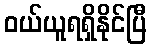
ဝယ်ယူရရှိနိုင်ပြီ